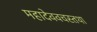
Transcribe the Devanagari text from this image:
महादेववचस्तथा